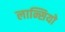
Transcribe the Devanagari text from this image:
लान्सियो